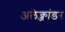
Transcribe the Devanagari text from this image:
अलेक्जांडर